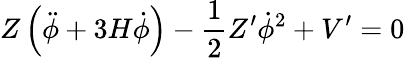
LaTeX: Z\left(\ddot{\phi}+3H\dot{\phi}\right)-\frac{1}{2}Z^{\prime}\dot{\phi}^{2}+V^{\prime}=0